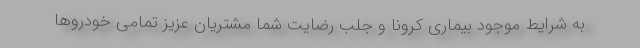
به شرایط موجود بیماری کرونا و جلب رضایت شما مشتریان عزیز تمامی خودروها